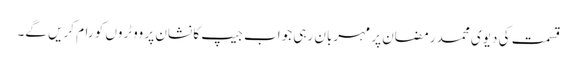
قسمت کی دیوی محمد رمضان پر مہربان رہی جواب جیپ کا نشان پر ووٹروں کو رام کریں گے۔